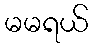
မမရယ်